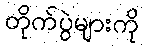
တိုက်ပွဲများကို